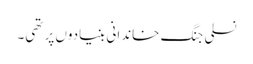
نسلی جنگ خاندانی بنیادوں پر تھی۔